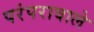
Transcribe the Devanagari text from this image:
परंपरावाले